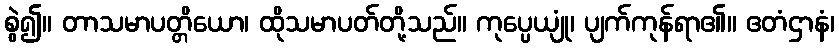
စွဲ၍။ တာသမာပတ္တိယော၊ ထိုသမာပတ်တို့သည်။ ကုပ္ပေယျုံ၊ ပျက်ကုန်ရာ၏။ ဧတံဌာနံ၊